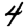
Digit: 4